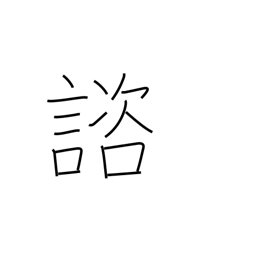
Meaning: consult with